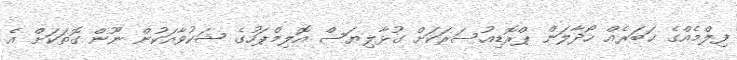
ފިލްމެއްގެ ޚަބަރެއް ހޯދާލަން ޕްރޮޑިއުސަރަކަށް ގުޅާލިޔަސް އޮލިމްޕަހުގެ ޝަކުވާއަކުން ނޫން ގޮތަކަށް އެ